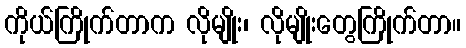
ကိုယ်ကြိုက်တာက လိုမျိုး၊ လိုမျိုးတွေကြိုက်တာ။